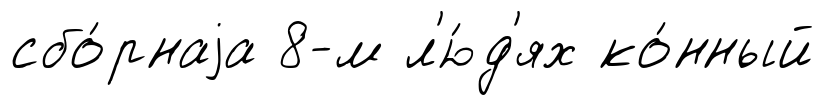
сбо́рнаjа 8-м л'ю́д'ях ко́нный